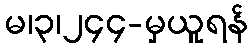
မ၊၃၊၂၄၄-မှယူရန်